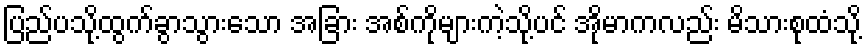
ပြည်ပသို့ထွက်ခွာသွားသော အခြား အစ်ကိုများကဲ့သို့ပင် အိုမာကလည်း မိသားစုထံသို့